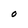
Character: O